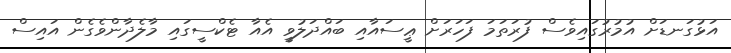
އަޅުގަނޑަށް އުމުރުގައިވެސް ފުރަތަމަ ފަހަރަށް ޢީސައާއި ބައްދަލުވީ އެއާ ޓެކްސީގައި މާލެދާންވެގެން އައިސް